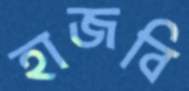
হাজবি